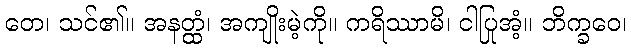
တေ၊ သင်၏။ အနတ္ထံ၊ အကျိုးမဲ့ကို။ ကရိဿာမိ၊ ငါပြုအံ့။ ဘိက္ခဝေ၊